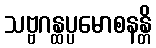
သဗ္ဗဂန္ထပ္ပမောစနန္တိ